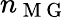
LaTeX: n_{\mathrm{~M~G~}}